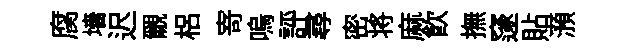
腐墻迟覼梠𭔃嗚評尋密将麻飲撫邃貼澦